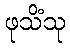
ဖုသိံသု